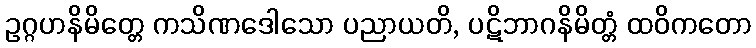
ဥဂ္ဂဟနိမိတ္တေ ကသိဏဒေါသော ပညာယတိ, ပဋိဘာဂနိမိတ္တံ ထဝိကတော